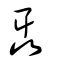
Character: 聶